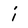
Character: i